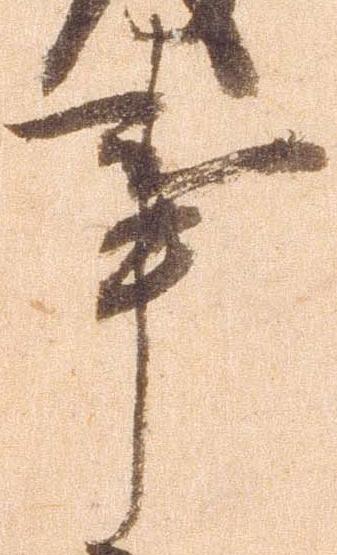
事